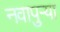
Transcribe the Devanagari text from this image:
नवापुर्‍या